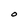
Character: O